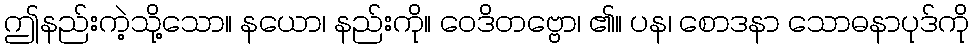
ဤနည်းကဲ့သို့သော။ နယော၊ နည်းကို။ ဝေဒိတဗ္ဗော၊ ၏။ ပန၊ စောဒနာ သောဓနာပုဒ်ကို